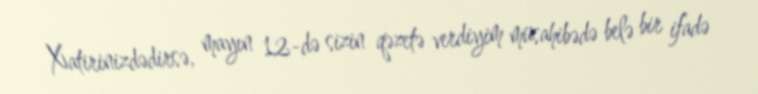
Xatirinizdədirsə, mayın 12-də sizin qəzetə verdiyim müsahibədə belə bir ifadə